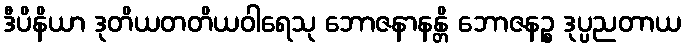
ဒီပိနိယာ ဒုတိယတတိယဝါရေသု ဘောဇနာနန္တိ ဘောဇနဉ္စ ဒုပ္ပညတာယ